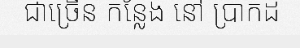
ជាច្រើន កន្លែង នៅ ប្រាកដ